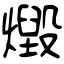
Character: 燬